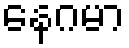
နေဂမာ